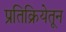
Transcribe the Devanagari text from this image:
प्रतिक्रियेतून